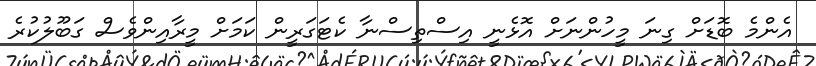
އެންމެ ބޮޑަށް ގިނަ މީހުންނަށް އޮޅެނީ އިސްތިސްނާ ކެޓަގަރީން ކަމަށް މީރާއިންވެސް ގަބޫލުކުރެ